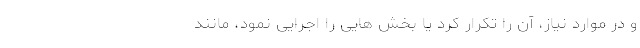
و در موارد نیاز، آن را تکرار کرد یا بخش هایی را اجرایی نمود، مانند